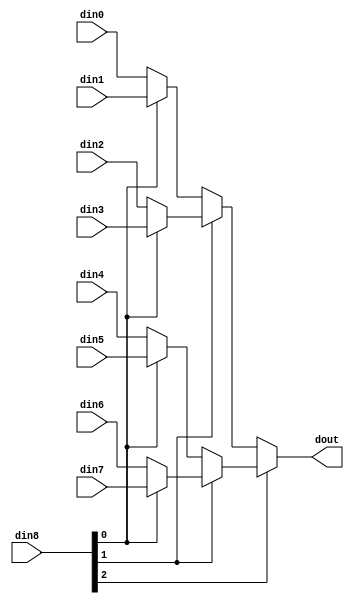
`define EXPONENT 5
`define MANTISSA 10
`define ACTUAL_MANTISSA 11
`define EXPONENT_LSB 10
`define EXPONENT_MSB 14
`define MANTISSA_LSB 0
`define MANTISSA_MSB 9
`define MANTISSA_MUL_SPLIT_LSB 3
`define MANTISSA_MUL_SPLIT_MSB 9
`define SIGN 1
`define SIGN_LOC 15
`define DWIDTH (`SIGN+`EXPONENT+`MANTISSA)
`define IEEE_COMPLIANCE 1

module td_fused_top_mux_816_16_1_1 #(
parameter
    ID                = 0,
    NUM_STAGE         = 1,
    din0_WIDTH       = 32,
    din1_WIDTH       = 32,
    din2_WIDTH       = 32,
    din3_WIDTH       = 32,
    din4_WIDTH       = 32,
    din5_WIDTH       = 32,
    din6_WIDTH       = 32,
    din7_WIDTH       = 32,
    din8_WIDTH         = 32,
    dout_WIDTH            = 32
)(
    input  [15 : 0]     din0,
    input  [15 : 0]     din1,
    input  [15 : 0]     din2,
    input  [15 : 0]     din3,
    input  [15 : 0]     din4,
    input  [15 : 0]     din5,
    input  [15 : 0]     din6,
    input  [15 : 0]     din7,
    input  [15 : 0]    din8,
    output [15 : 0]   dout);

// puts internal signals
wire [15 : 0]     sel;
// level 1 signals
wire [15 : 0]         mux_1_0;
wire [15 : 0]         mux_1_1;
wire [15 : 0]         mux_1_2;
wire [15 : 0]         mux_1_3;
// level 2 signals
wire [15 : 0]         mux_2_0;
wire [15 : 0]         mux_2_1;
// level 3 signals
wire [15 : 0]         mux_3_0;
// level 4 signals
wire [15 : 0]         mux_4_0;
// level 5 signals
wire [15 : 0]         mux_5_0;
// level 6 signals
wire [15 : 0]         mux_6_0;
// level 7 signals
wire [15 : 0]         mux_7_0;
// level 8 signals
wire [15 : 0]         mux_8_0;
// level 9 signals
wire [15 : 0]         mux_9_0;
// level 10 signals
wire [15 : 0]         mux_10_0;
// level 11 signals
wire [15 : 0]         mux_11_0;
// level 12 signals
wire [15 : 0]         mux_12_0;
// level 13 signals
wire [15 : 0]         mux_13_0;
// level 14 signals
wire [15 : 0]         mux_14_0;
// level 15 signals
wire [15 : 0]         mux_15_0;
// level 16 signals
wire [15 : 0]         mux_16_0;

assign sel = din8;

// Generate level 1 logic
assign mux_1_0 = (sel[0] == 0)? din0 : din1;
assign mux_1_1 = (sel[0] == 0)? din2 : din3;
assign mux_1_2 = (sel[0] == 0)? din4 : din5;
assign mux_1_3 = (sel[0] == 0)? din6 : din7;

// Generate level 2 logic
assign mux_2_0 = (sel[1] == 0)? mux_1_0 : mux_1_1;
assign mux_2_1 = (sel[1] == 0)? mux_1_2 : mux_1_3;

// Generate level 3 logic
assign mux_3_0 = (sel[2] == 0)? mux_2_0 : mux_2_1;

// Generate level 4 logic
assign mux_4_0 = mux_3_0;

// Generate level 5 logic
assign mux_5_0 = mux_4_0;

// Generate level 6 logic
assign mux_6_0 = mux_5_0;

// Generate level 7 logic
assign mux_7_0 = mux_6_0;

// Generate level 8 logic
assign mux_8_0 = mux_7_0;

// Generate level 9 logic
assign mux_9_0 = mux_8_0;

// Generate level 10 logic
assign mux_10_0 = mux_9_0;

// Generate level 11 logic
assign mux_11_0 = mux_10_0;

// Generate level 12 logic
assign mux_12_0 = mux_11_0;

// Generate level 13 logic
assign mux_13_0 = mux_12_0;

// Generate level 14 logic
assign mux_14_0 = mux_13_0;

// Generate level 15 logic
assign mux_15_0 = mux_14_0;

// Generate level 16 logic
assign mux_16_0 = mux_15_0;

// output logic
assign dout = mux_16_0;

endmodule